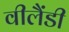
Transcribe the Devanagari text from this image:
वीलैंडी